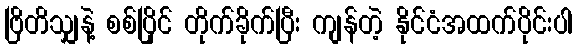
ဗြိတိသျှနဲ့ စစ်ပြိုင် တိုက်ခိုက်ပြီး ကျန်တဲ့ နိုင်ငံအထက်ပိုင်းပါ